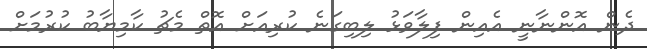
ދެން އޮންނާނީ އެއިން ފިލާވަޅު ލިބިގަނެ ކުރިއަށް އޮތް މެޗު ކާމިޔާބު ކުރުމަށް